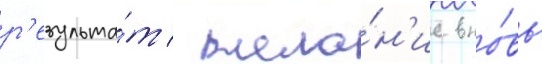
р'езульта́т / жела́н'ие вно́вь